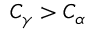
C _ { \gamma } > C _ { \alpha }